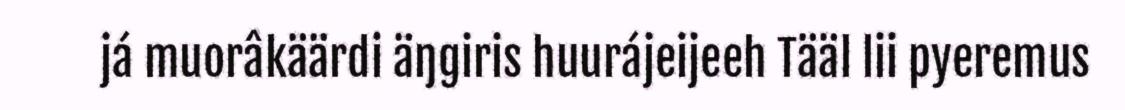
já muorâkäärdi äŋgiris huurájeijeeh Tääl lii pyeremus